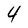
Character: 4